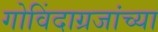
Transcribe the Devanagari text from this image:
गोविंदाग्रजांच्या